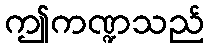
ဤကဏ္ဍသည်